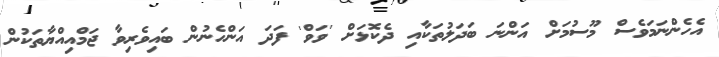
އެހެންނަމަވެސް މޫސުމަށް އަންނަ ބަދަލުތަކާއި ދެކޮޅަށް 'ވަވް' ފަދަ އަންހެނުން ބައިވެރިވާ ޖަމްއިއްޔާތަކުން